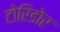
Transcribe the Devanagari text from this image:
टोरिडोर